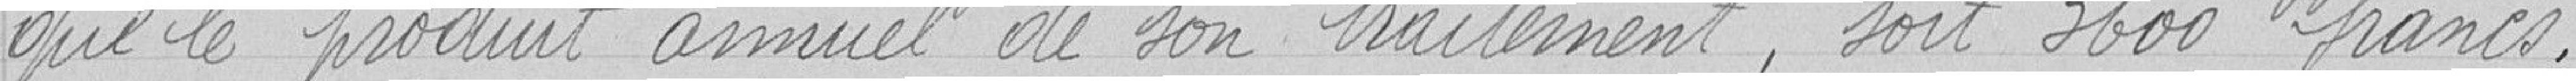
que le produit annuel de son traitement, soit 3600 francs.